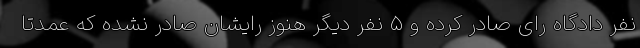
نفر دادگاه رای صادر کرده و ۵ نفر دیگر هنوز رایشان صادر نشده که عمدتا